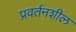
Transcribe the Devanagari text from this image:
प्रवर्तनशील